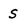
Character: S